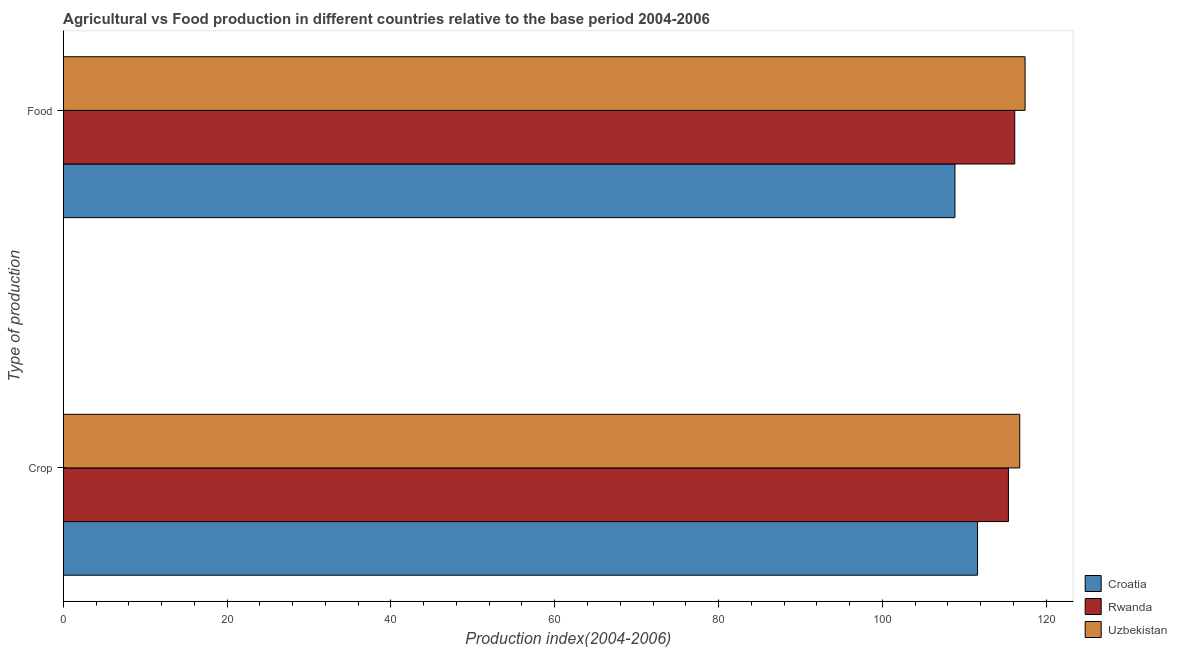
| Type of production | Croatia | Rwanda | Uzbekistan |
 | --- | --- | --- | --- |
 | Crop | 112 | 115 | 117 |
 | Food | 109 | 116 | 117 |